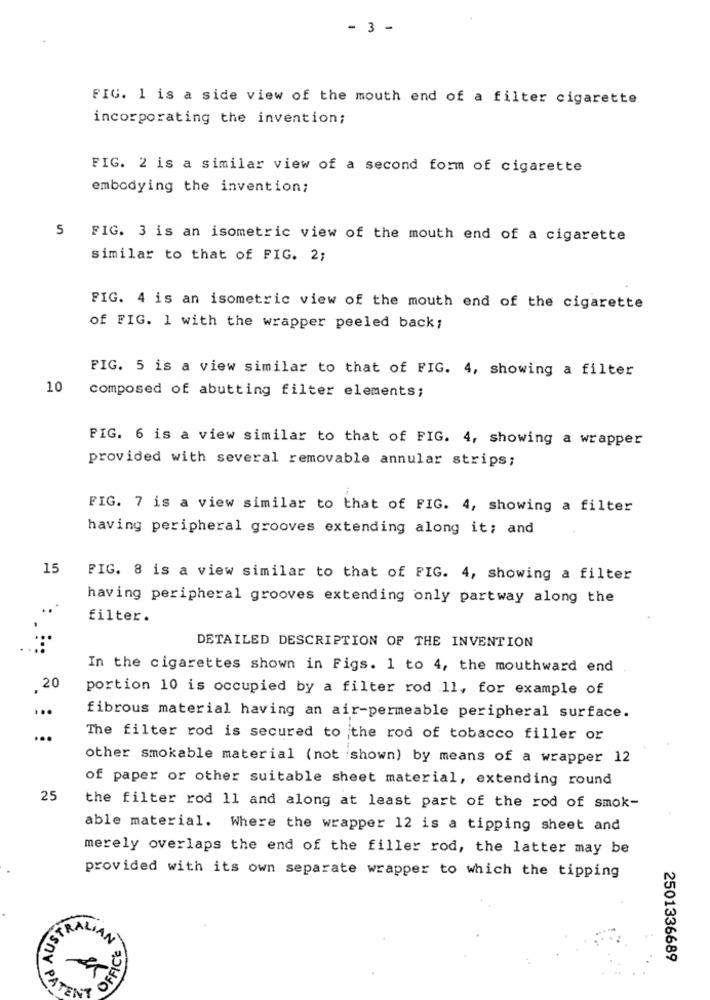
- 3 -
FIG. 1 is a side view of the mouth end of a filter cigarette
incorporating the invention;
FIG. 2 is a similar view of a second form of cigarette
embodying the invention;
5 FIG. 3 is an isometric view of the mouth end of a cigarette
similar to that of FIG. 2;
FIG. 4 is an isometric view of the mouth end of the cigarette
of FIG. 1 with the wrapper peeled back;
FIG. 5 is a view similar to that of FIG. 4, showing a filter
10
composed of abutting filter elements;
FIG. 6 is a view similar to that of FIG. 4, showing a wrapper
provided with several removable annular strips;
FIG. 7 is a view similar to that of FIG. 4, showing a filter
having peripheral grooves extending along it; and
15
FIG. 8 is a view similar to that of FIG. 4, showing a filter
having peripheral grooves extending only partway along the
filter.
DETAILED DESCRIPTION OF THE INVENTION
In the cigarettes shown in Figs. 1 to 4, the mouthward end
20
portion 10 is occupied by a filter rod 11, for example of
fibrous material having an air-permeable peripheral surface.
The filter rod is secured to the rod of tobacco filler or
other smokable material (not shown) by means of a wrapper 12
of paper or other suitable sheet material, extending round
25
the filter rod 11 and along at least part of the rod of smok-
able material. Where the wrapper 12 is a tipping sheet and
merely overlaps the end of the filler rod, the latter may be
provided with its own separate wrapper to which the tipping
STRALL
OFFICE
2501336689